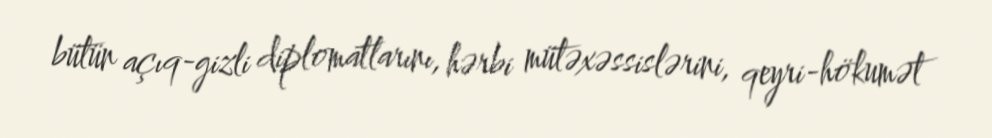
bütün açıq-gizli diplomatlarını, hərbi mütəxəssislərini, qeyri-hökumət